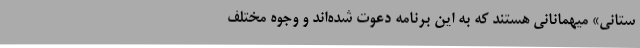
ستانی» میهمانانی هستند که به این برنامه دعوت شده‌اند و وجوه مختلف